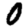
Digit: 0